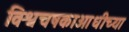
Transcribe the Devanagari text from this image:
विश्वचषकाआधीच्या